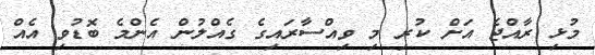
މުޅި ރާއްޖެ އަށް ކުރި މި ވިއްސާރައިގެ ގެއްލުން އެންމެ ބޮޑުވި އެއް